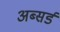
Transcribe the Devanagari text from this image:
अब्सर्ड